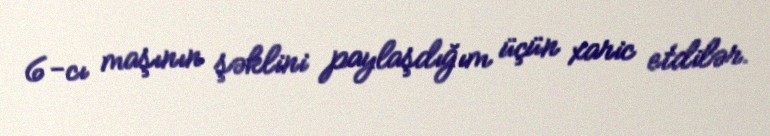
6-cı maşının şəklini paylaşdığım üçün xaric etdilər.